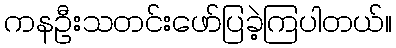
ကနဦးသတင်းဖော်ပြခဲ့ကြပါတယ်။